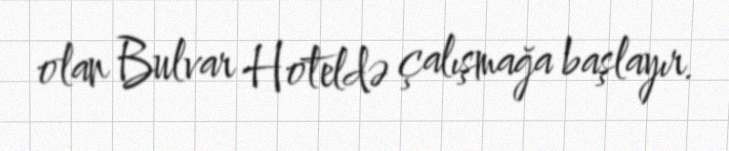
olan Bulvar Hoteldə çalışmağa başlayır.